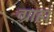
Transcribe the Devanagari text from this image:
ग्राह्यं